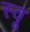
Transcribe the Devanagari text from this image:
स्वू